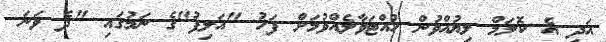
އަދި އެ ކޮލަމް ލިޔުއްވުން ހުއްޓަވާލެއްވުމަށް ފަހު "އަލިފު"ގެ ނަމުގައި "ދެ ވަނަ